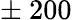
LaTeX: \pm~200